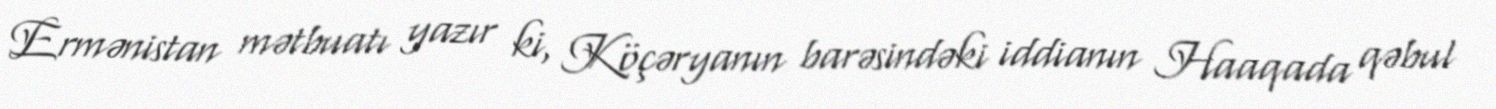
Ermənistan mətbuatı yazır ki, Köçəryanın barəsindəki iddianın Haaqada qəbul